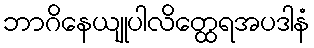
ဘာဂိနေယျုပါလိတ္ထေရအပဒါနံ